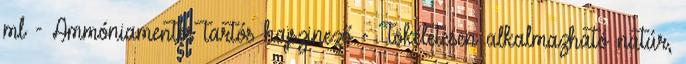
ml - Ammóniamentes tartós hajszinező - Tökéletesen alkalmazható natúr,